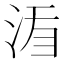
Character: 𣵍